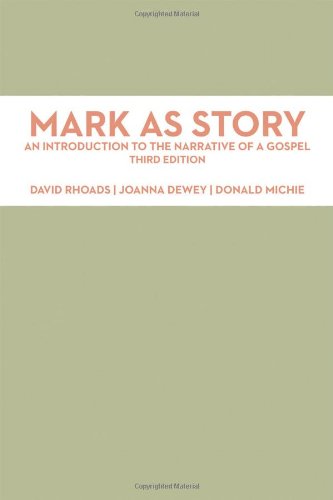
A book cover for Mark As Story: An Introduction to the Narrative of a Gospel; David Rhoads; Christian Books & Bibles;